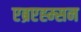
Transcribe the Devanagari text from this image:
एब्रएह्म्सन